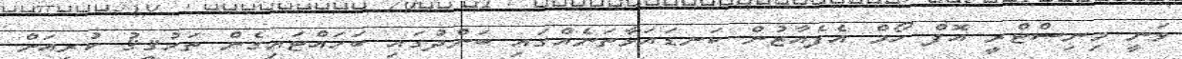
ވަނީ މިނިސްޓްރީ އޮފް ހޯމް އެފެއާޒުން ކަނޑައަޅާތަނެއްގައި ބަންދުގައި ބަހައްޓައިގެން ތަހުޤީޤު ކުރިއަށް